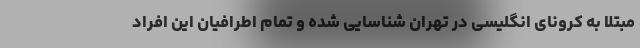
مبتلا به کرونای انگلیسی در تهران شناسایی شده و تمام اطرافیان این افراد